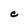
Character: C